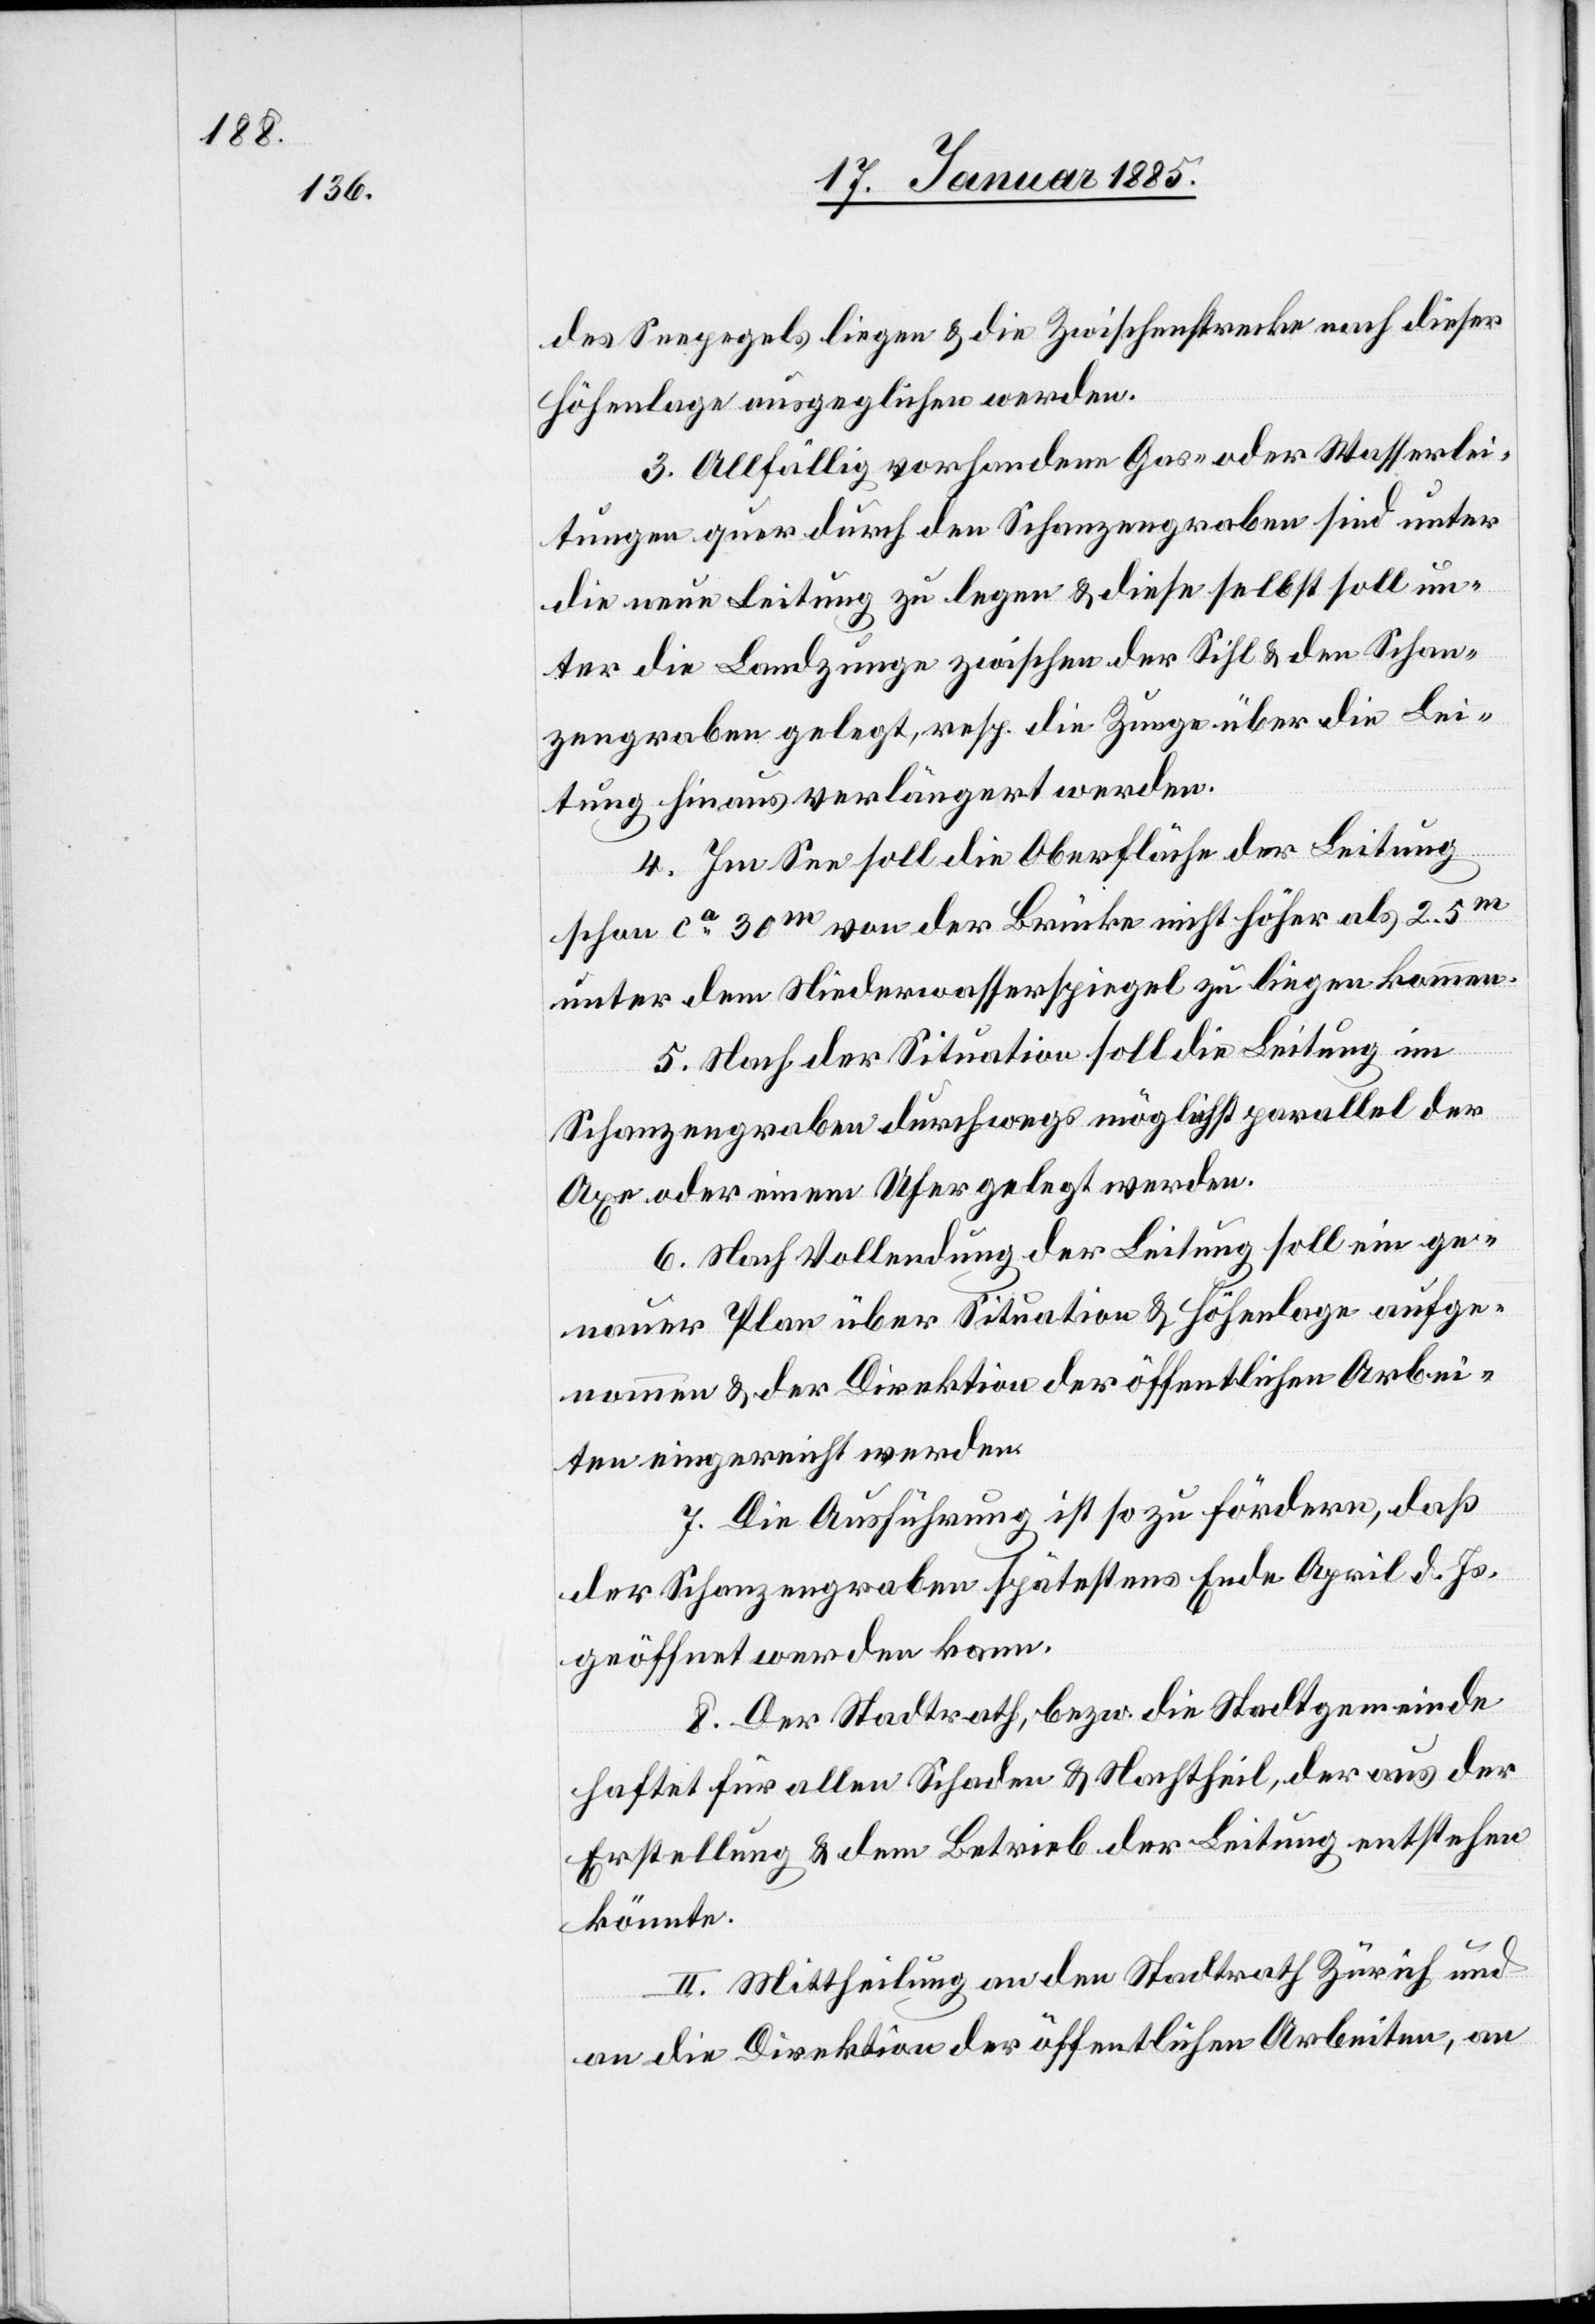
des Seepegels liegen & die Zwischenstrecke nach dieser
Höhenlage ausgeglichen werden.
3. Allfällig vorhandene Gas- oder Wasserlei¬
tungen quer durch den Schanzengagen sind unter
die neue Leitung zu legen & diese selbst soll un¬
ter die Landzunge zwischen der Sihl & den Schan¬
zengraben gelegt, resp. die Zunge über die Lei¬
tung hinaus verlängert werden.
4. Im See soll die Oberfläche der Leitung
schon ca 30m von der Brücke nicht höher als 2,5m
unter den Niederwasserspiegel zu liegen kommen.
5. Nach der Situation soll die Leitung im
Schanzengraben durchwegs möglichst parallel der
Axe oder einem Ufer gelegt werden.
6. Nach Vollendung der Leitung soll ein ge¬
nauer Plan über Situation & Höhenlage aufge¬
nommen & der Direktion der öffentlichen Arbei¬
ten eingereicht werden.
7. Die Ausführung ist so zu fördern, daß
der Schanzengraben spätestens Ende April d. Js.
geöffnet werden kann.
8. Der Stadtrath, bezw. die Stadtgemeinde
haftet für allen Schaden & Nachtheil, der aus der
Erstellung & dem Betrieb der Leitung entstehen
könne.
II. Mittheilung an den Stadtrath Zürich und
an die Direktion der öffentlichen Arbeiten, an